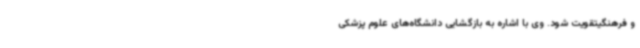
و فرهنگیتقویت شود. وی با اشاره به بازگشایی دانشگاه‌های علوم پزشکی